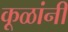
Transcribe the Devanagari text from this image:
कूळांनी